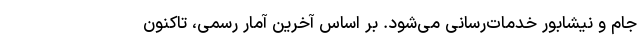
جام و نیشابور خدمات‌رسانی می‌شود. بر اساس آخرین آمار رسمی، تاکنون